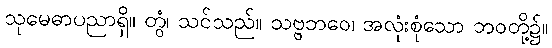
သုမေဓာပညာရှိ။ တွံ၊ သင်သည်။ သဗ္ဗဘဝေ၊ အလုံးစုံသော ဘဝတို့၌။